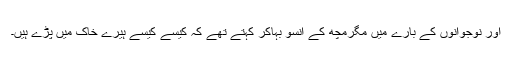
اور نوجوانوں کے بارے میں مگرمچھ کے آنسو بہاکر کہتے تھے کہ کیسے کیسے ہیرے خاک میں پڑے ہیں۔